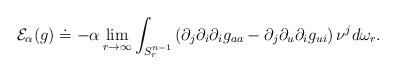
LaTeX: \begin{align*}\mathcal{E}_{\alpha}(g)\doteq - \alpha\lim_{r\rightarrow\infty} \int_{S^{n-1}_r} \left( \partial_{j}\partial_{i}\partial_{i}g_{aa} - \partial_{j}\partial_{u}\partial_{i}g_{u i}\right)\nu^{j}d\omega_{r} .\end{align*}